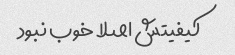
کیفیتش اصلا خوب نبود